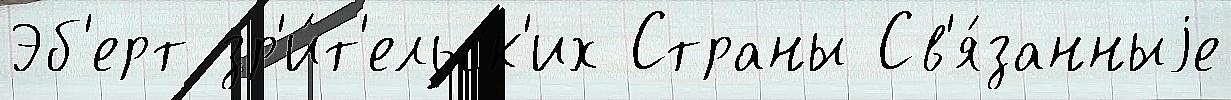
Эб'ерт зр'и́т'ельск'их Страны Св'я́занныjе